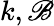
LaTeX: k,\mathscr{B}